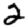
Digit: 2